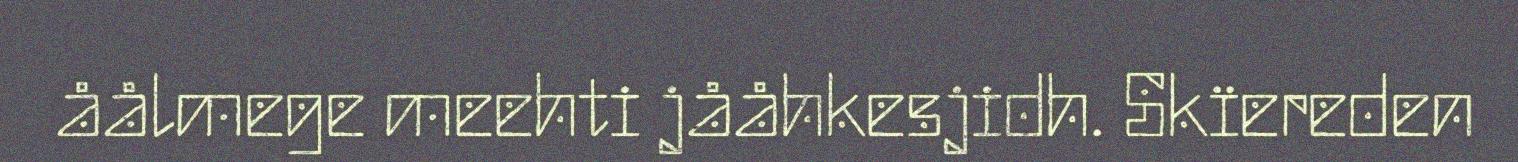
åålmege meehti jååhkesjidh. Skïereden